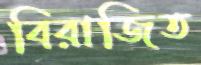
বিরাজিত